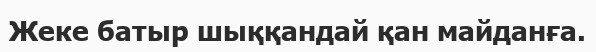
Жеке батыр шыққандай қан майданға.